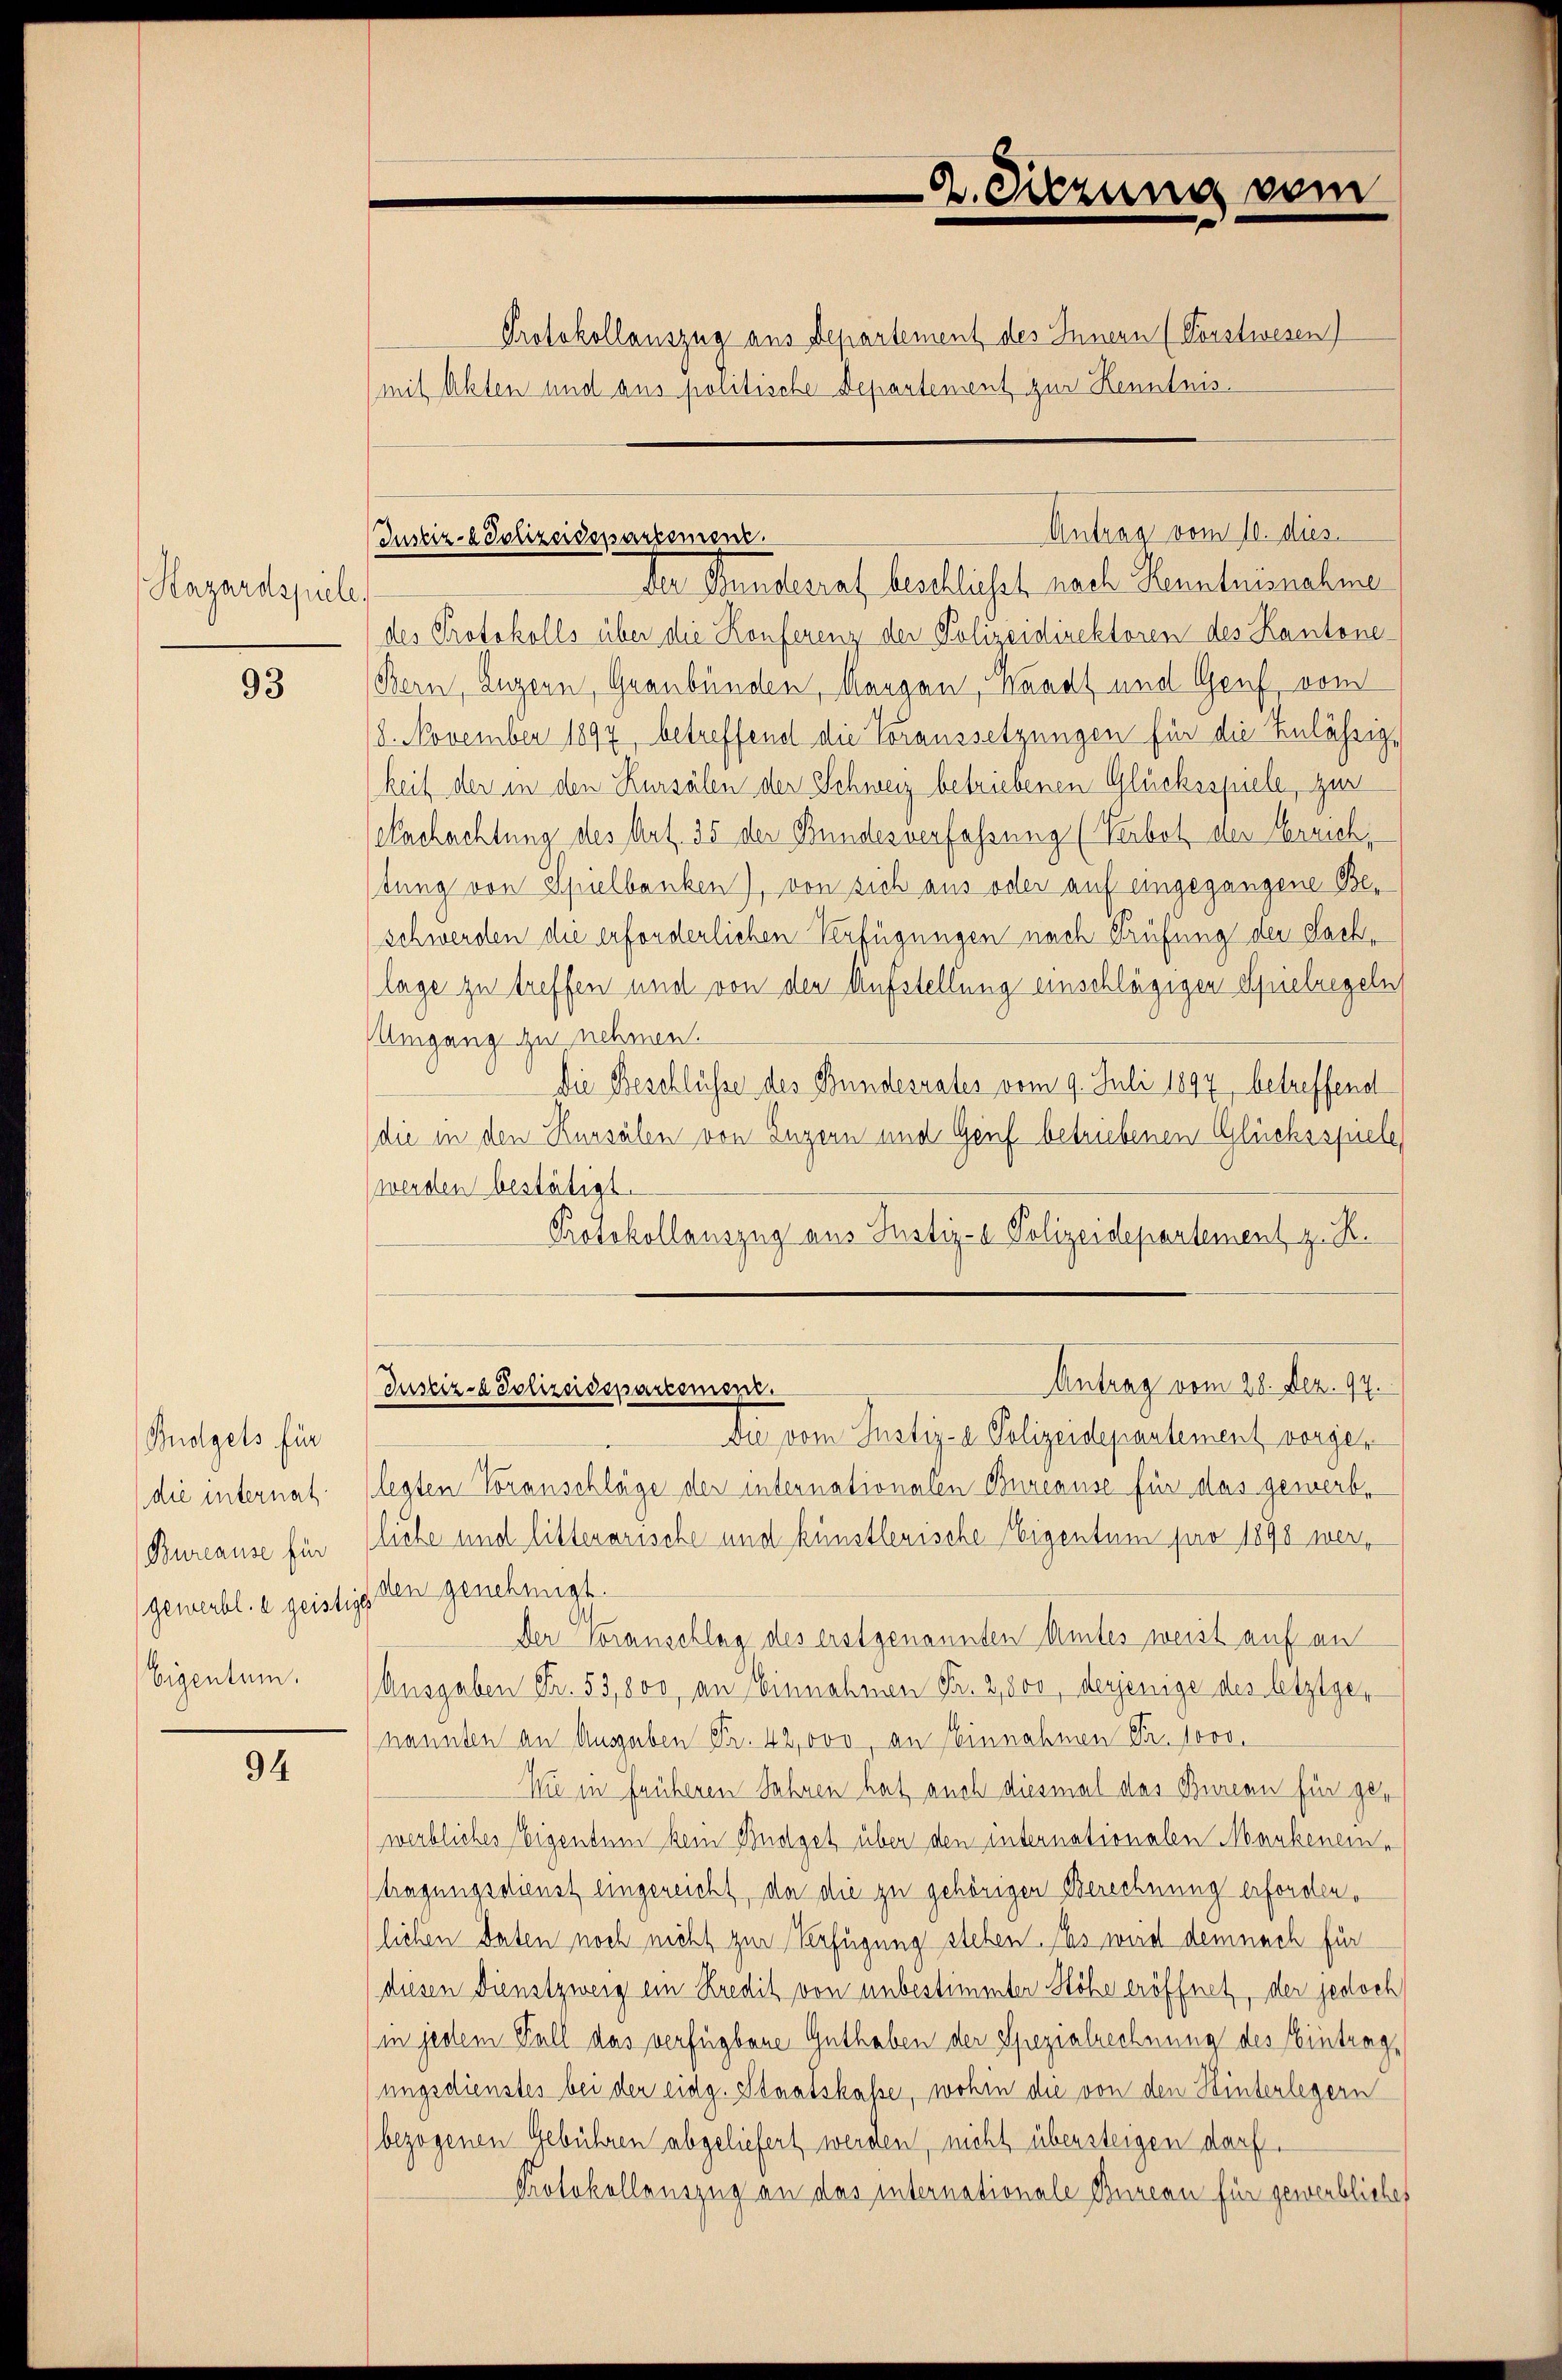
Hazardspiele,

93

Budgets für
(die internat.
Bureause für
gewerbt. e geistige
Eigentum.

94

Protokollauszug aus Departement des Innern (Vorstwesen)
mit Akten und aus politische Departement zur Kenntnis.

Justiz- & Polizeidepartement.

B. Sitzung vom

Der Bunderat beschlichet nach Kenntnisnehme
des Protokolls über die Konferen der Polizeidirektoren des Kantone
Bern, Luzern, Graubünden, Margau, Waadt und Genf, vom
8. November 1897, betreffend die Voraussetzungen für die Zulässigheit der in den Kursälen der Schweiz betriebenen Glücksspiele, zur
achachtung des Art. 35 der Bundesverfassung (Verbot der Errich,
tung von Spielbanken), von sich aus oder auf eingegangene Beschwerden die erforderlichen Verfügungen nach Prüfung der Sachlage zu treffen und von der Aufstellung einschlägigen Spielregeln
Umgang zu nehmen.
Die Beschlüsse des Bundesrates vom 9. Juli 1897 betreffend
die in den Kursälen von Engern und Genf betriebenen Glücksspiele,
werden bestätigt.
Protokollauszug aus Justiz- & Polizeidepartement z. R.
Antrag vom 28. Dez. 94.
Justiz- & Polizeidepartement.
Die vom Justiz- & Polizeidepartement vorgelegten Voranschläge der internationalen Bureause für das gewerbliebe und litterarische und künstlerische Eigentum pro 1898 werden genehmigt.
Der Voranschlag des erstgenannten Amtes weist auf an
Ausgaben Fr. 53,800, an Einnahmen Fr. 2,800, derjenige des letztgenannten an Ausgaben Fr. 42,000, an Einnahmen Fr. 1000.
Wie in früheren Jahren hat auch diesmal das Bureau für gewerbliches Eigentum kein Budget über den internationalen Mankenein-
(tragungsdienst eingereicht, da die zu gehörigen Berechnung erforden.
lichen daten noch nicht zur Verfügung stehen. Das wird demnach für
diesen Dienstzweig ein Kredit von unbestimmter Höhe eröffnet, der jedoch
in jedem Fall das verfügbare Guthaben der Spezialrechnung des Eintrag,
ungsdienstes bei der eidg. Staatskasse, wohin die von den Hinterlegern
bezogenen Gebühren abgeliefert werden, nicht übersteigen darf.
Protokollenszug an das internationale Bureau für gewerbliches

Antrag vom 10. dies